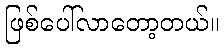
ဖြစ်ပေါ်လာတော့တယ်။